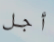
أجل